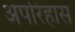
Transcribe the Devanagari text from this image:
अपरिहास